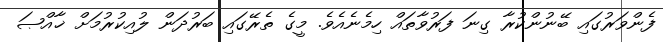
ފެންވަރުގައި ބޭނުންކުރާ ގިނަ ފަރުވާތައް ހިމެނެއެވެ. މީގެ ތެރޭގައި ބަރުދަން ލުއިކުރުމަށް ޚާއްޞަ